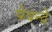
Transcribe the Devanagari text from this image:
पेवन्दे